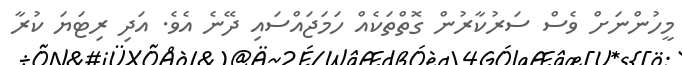
މީހުންނަށް ވެސް ސަރުކާރުން ގޮތްތަކެއް ހަމަޖައްސައި ދޭނެ އެވެ. އަދި ރިޓަޔަ ކުރާ